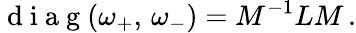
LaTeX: \mathrm{~d~i~a~g~}(\omega_{+},\, \omega_{-})=M^{-1}LM\, .